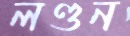
লণ্ডন